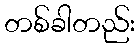
တစ်ခါတည်း